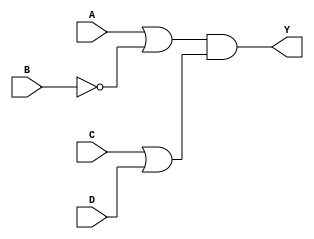
module pos_circuit (
    input wire A,      // Input A
    input wire B,      // Input B
    input wire C,      // Input C
    input wire D,      // Input D
    output wire Y      // Output Y
);

// Internal signals for OR gate outputs
wire or1_out; // Output of first OR gate
wire or2_out; // Output of second OR gate

// OR gate for the first sum term (A + B')
assign or1_out = A | ~B; // B' is represented as ~B

// OR gate for the second sum term (C + D)
assign or2_out = C | D;

// AND gate for the final output Y
assign Y = or1_out & or2_out; // Y = (A + B')(C + D)

endmodule